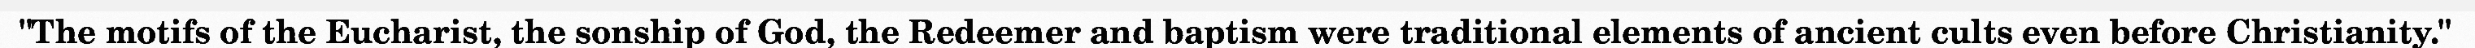
"The motifs of the Eucharist, the sonship of God, the Redeemer and baptism were traditional elements of ancient cults even before Christianity."